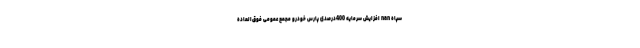
سپاه nan افزایش سرمایه 400درصدی پارس خودرو مجمع عمومی فوق‌العاده